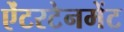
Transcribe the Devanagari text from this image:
ऐंटरटेनमेंट